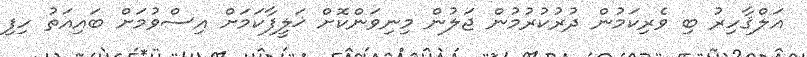
އަލްޤާހިރު ބި ވެރިކަމުން ދުރުކުރުމުން ޖަލުން މިނިވަންކޮށް ޚަލީފާކަމަށް އިސްވުމަށް ބައިއަތު ހިފި